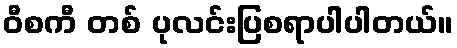
ဝီစကီ တစ် ပုလင်းပြစရာပါပါတယ်။